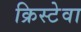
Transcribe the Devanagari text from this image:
क्रिस्टेवा